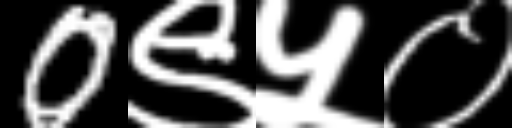
Text: 0९५०